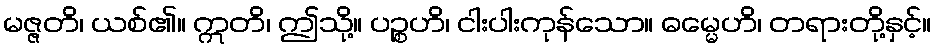
မဇ္ဇတိ၊ ယစ်၏။ ဣတိ၊ ဤသို့။ ပဉ္စဟိ၊ ငါးပါးကုန်သော။ ဓမ္မေဟိ၊ တရားတို့နှင့်။